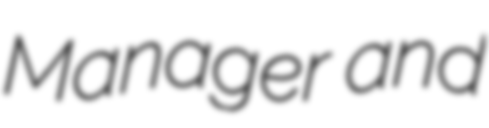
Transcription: Manager and